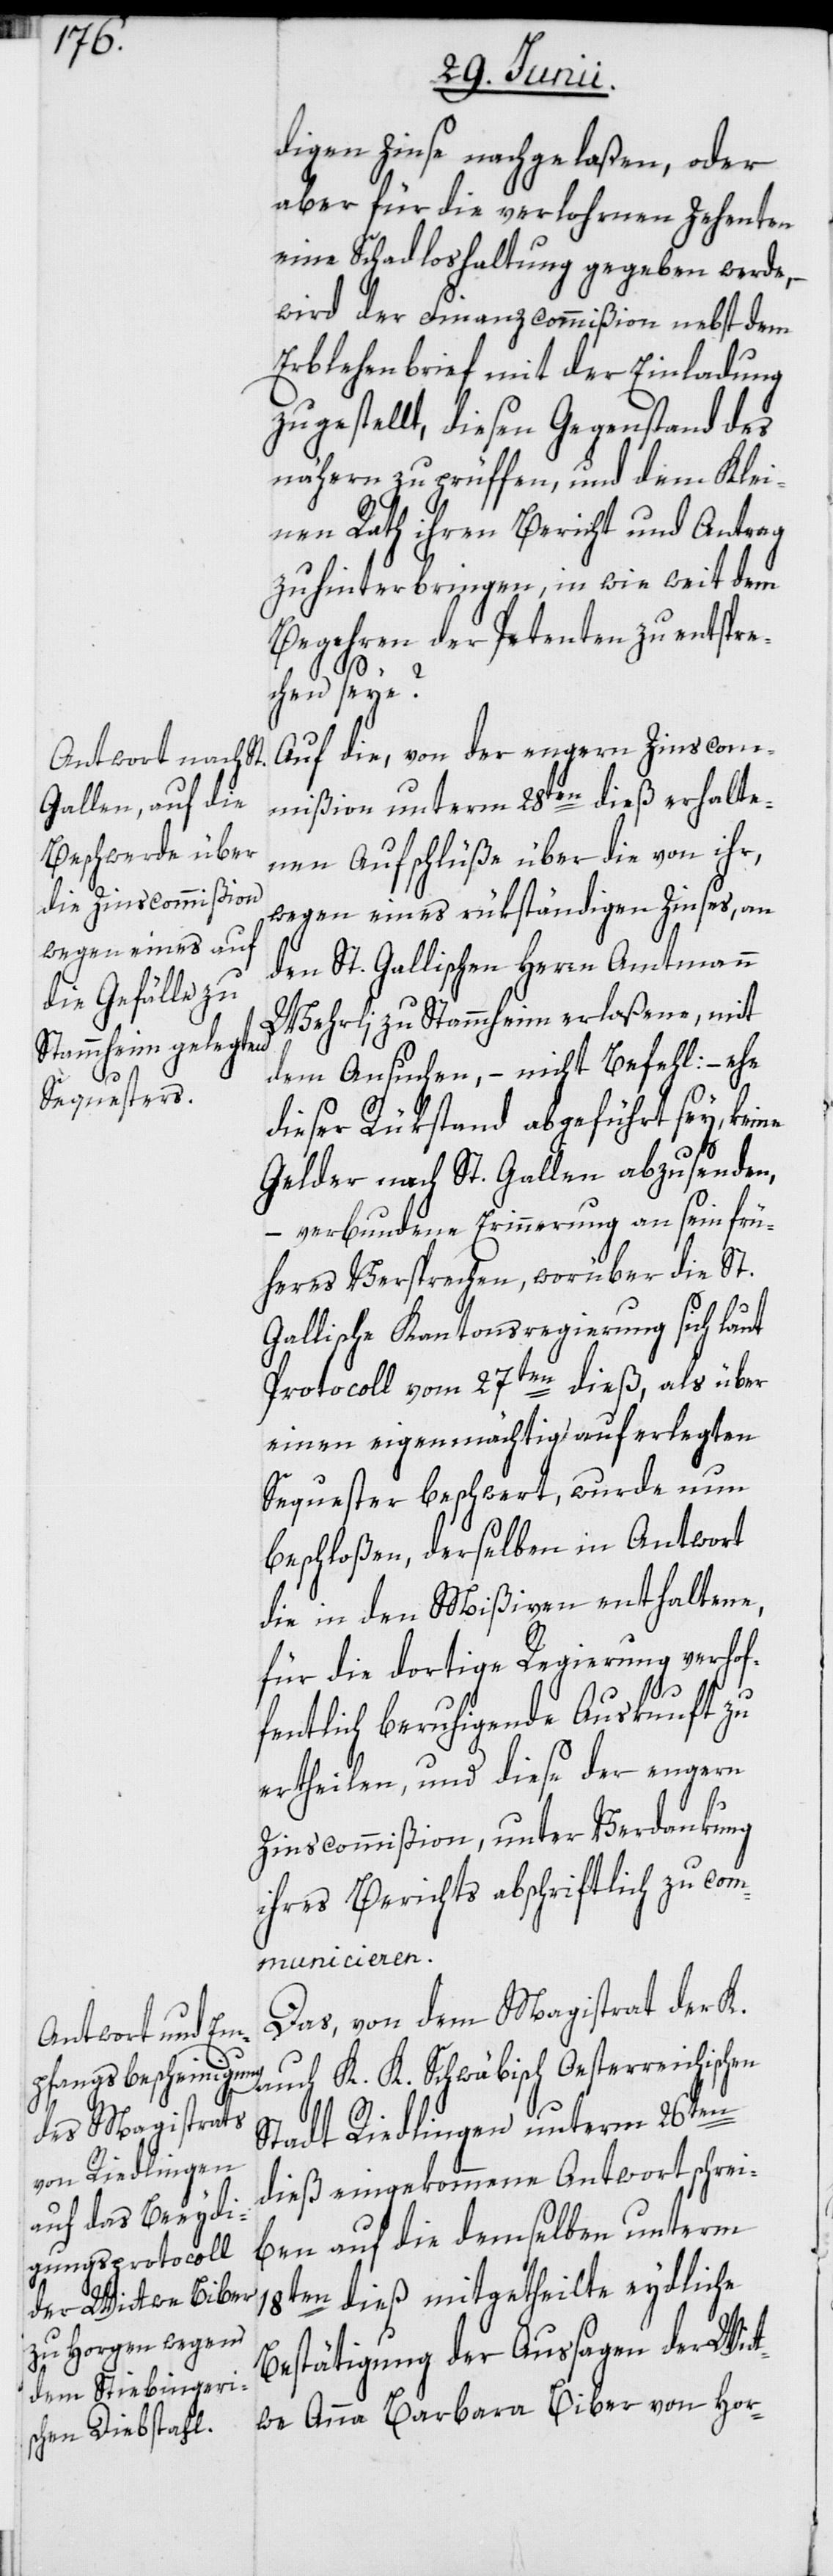
digen Zinse nachgelaßen, oder
aber für die verlohrnen Zehenten
eine Schadloshaltung gegeben werde,
wird der Finanzcommißion nebst dem
Erblehenbrief mit der Einladung
zugestellt, diesen Gegenstand des
nähern zu prüffen, und dem Klei¬
nen Rath ihren Bericht und Antrag
zu hinterbringen, in wie weit dem
Begehren der Petenten zu entspre¬
chen seye?
Auf die, von der engern Zinscom¬
mißion unterm 28ten dieß erhalte¬
nen Aufschlüße über die von ihr,
wegen eines rükständigen Zinses, an
den St. Gallischen Herrn Amtmann
Wehrli zu Stammheim erlaßene, mit
dem Ansuchen, – nicht Befehl: – ehe
dieser Rükstand abgeführt sey, keine
Gelder nach St. Gallen abzusenden,
– verbundene Erinnerung an sein frü¬
heres Versprechen, worüber die St.
Gallische Kantonsregierung sich laut
Protocoll vom 27ten dieß, als über
einen eigenmächtig auferlegten
Sequester beschwert, wurde nun
beschloßen, derselben in Antwort
die in den Mißiven enthaltene,
für die dortige Regierung verhof¬
fentlich beruhigende Auskunft zu
ertheilen, und diese der engern
Zinscommißion, unter Verdankung
ihres Berichts abschriftlich zu com¬
municieren.
Das, von dem Magistrat der K.
auch K. K. Schwäbisch Oesterreichischen
Stadt Riedlingen unterm 26ten
dieß eingekommene Antwortschrei¬
ben auf die demselben unterm
18ten dieß mitgetheilte eydliche
Bestätigung der Aussagen der Wit¬
twe Anna Barbara Biber von Hor-